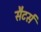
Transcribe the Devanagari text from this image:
सैटर्स